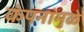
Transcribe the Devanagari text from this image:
कंपनांमुळे